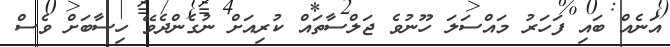
އަނެއް ބައި ފަހަރު މައްސަލަ ހޫނުވެ ޖަލްސާތައް ކުރިއަށް ނުގެންދެވޭ ހިސާބަށް ވެސް